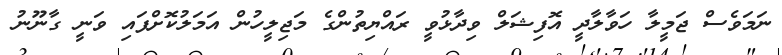
ނަމަވެސް ޖަމީލާ ހަވާލާދީ އޮފިޝަލް ވިދާޅުވީ ރައްޔިތުންގެ މަޖިލީހުން އަމަލުކޮށްފައި ވަނީ ގާނޫނު